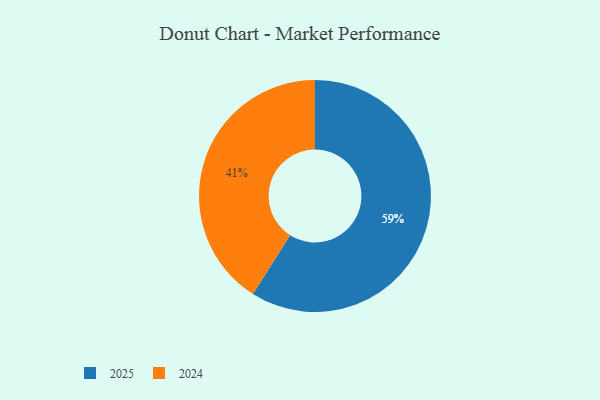
{"axis": {"x": "Category", "y": "Percentage"}, "legend": ["2024", "2025"], "data": [{"x": "2024", "y": 41, "type": "2024"}, {"x": "2025", "y": 59, "type": "2025"}]}